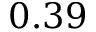
0 . 3 9